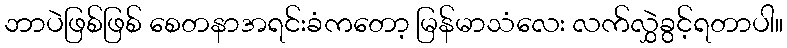
ဘာပဲဖြစ်ဖြစ် စေတနာအရင်းခံကတော့ မြန်မာသံလေး လက်လွှဲခွင့်ရတာပါ။